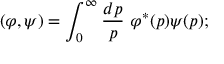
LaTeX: ( \varphi , \psi ) = \int _ { 0 } ^ { \infty } \frac { d p } { p } \ \varphi ^ { * } ( p ) \psi ( p ) ;